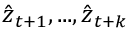
\hat { \boldsymbol { z } } _ { t + 1 } , . . . , \hat { \boldsymbol { z } } _ { t + k }